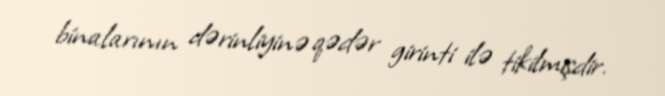
binalarının dərinliyinə qədər girinti ilə tikilmişdir.